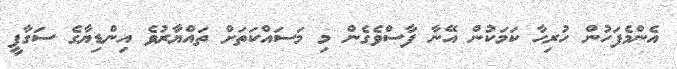
އެންމެފަހުން ހުރިހާ ކަމަކުން އޭނާ ފާސްވެގެން މި މަސައްކަތަށް ތައްޔާރުވެ އިންޑިޔާގެ ސަގާފީ